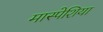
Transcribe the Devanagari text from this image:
मास्पेशिया